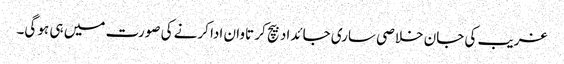
غریب کی جان خلاصی ساری جائداد بیچ کر تاوان ادا کرنے کی صورت میں ہی ہو گی۔